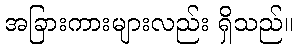
အခြားကားများလည်း ရှိသည်။